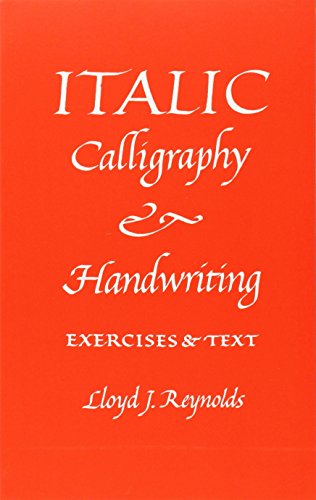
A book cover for Italic Calligraphy and Handwriting: Exercises and Text; Lloyd Reynolds; Arts & Photography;